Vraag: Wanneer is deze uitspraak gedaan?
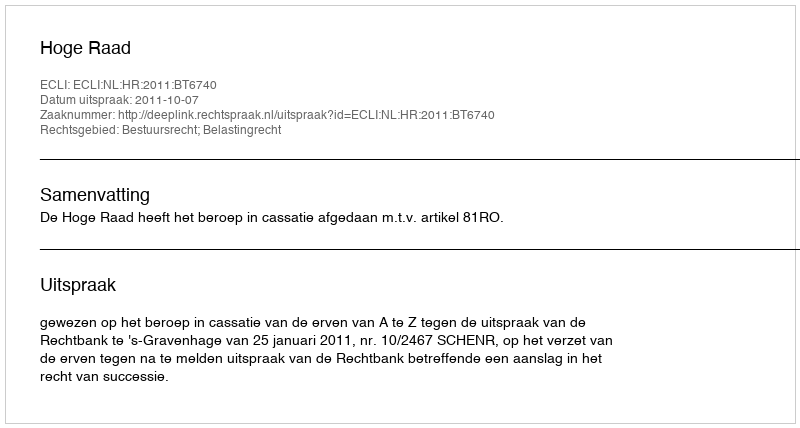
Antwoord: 2011-10-07